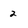
Character: 2